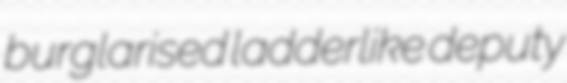
burglarised ladderlike deputy